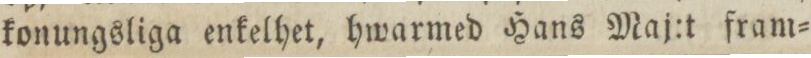
konungsliga enkelhet, hwarmed Hans Maj:t fram=